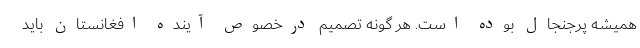
همیشه پرجنجال بوده است. هر گونه تصمیم درخصوص آینده افغانستان باید